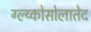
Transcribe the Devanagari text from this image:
ग्ल्य्कोसोलातेद